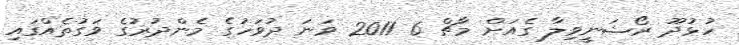
ހުޅުދޫ ރޯޝަނީވިލާ ގެއަށް މާޗް 6 2011 ވަނަ ދުވަހުގެ މެންދުރުގެ ވަގުތެއްގައި